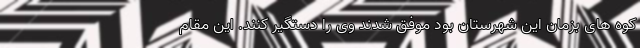
کوه های بزمان این شهرستان بود موفق شدند وی را دستگیر کنند. این مقام